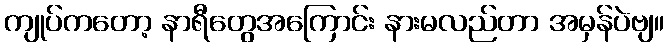
ကျုပ်ကတော့ နာရီတွေအကြောင်း နားမလည်တာ အမှန်ပဲဗျ။